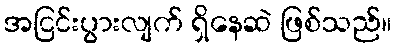
အငြင်းပွားလျက် ရှိနေဆဲ ဖြစ်သည်။